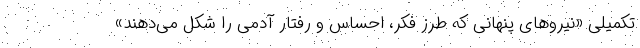
تکمیلی «نیروهای پنهانی که طرز فکر، احساس و رفتار آدمی را شکل می‌دهند»